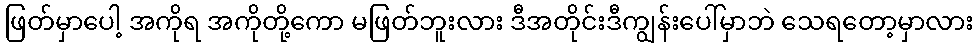
ဖြတ်မှာပေါ့ အကိုရ အကိုတို့ကော မဖြတ်ဘူးလား ဒီအတိုင်းဒီကျွန်းပေါ်မှာဘဲ သေရတော့မှာလား